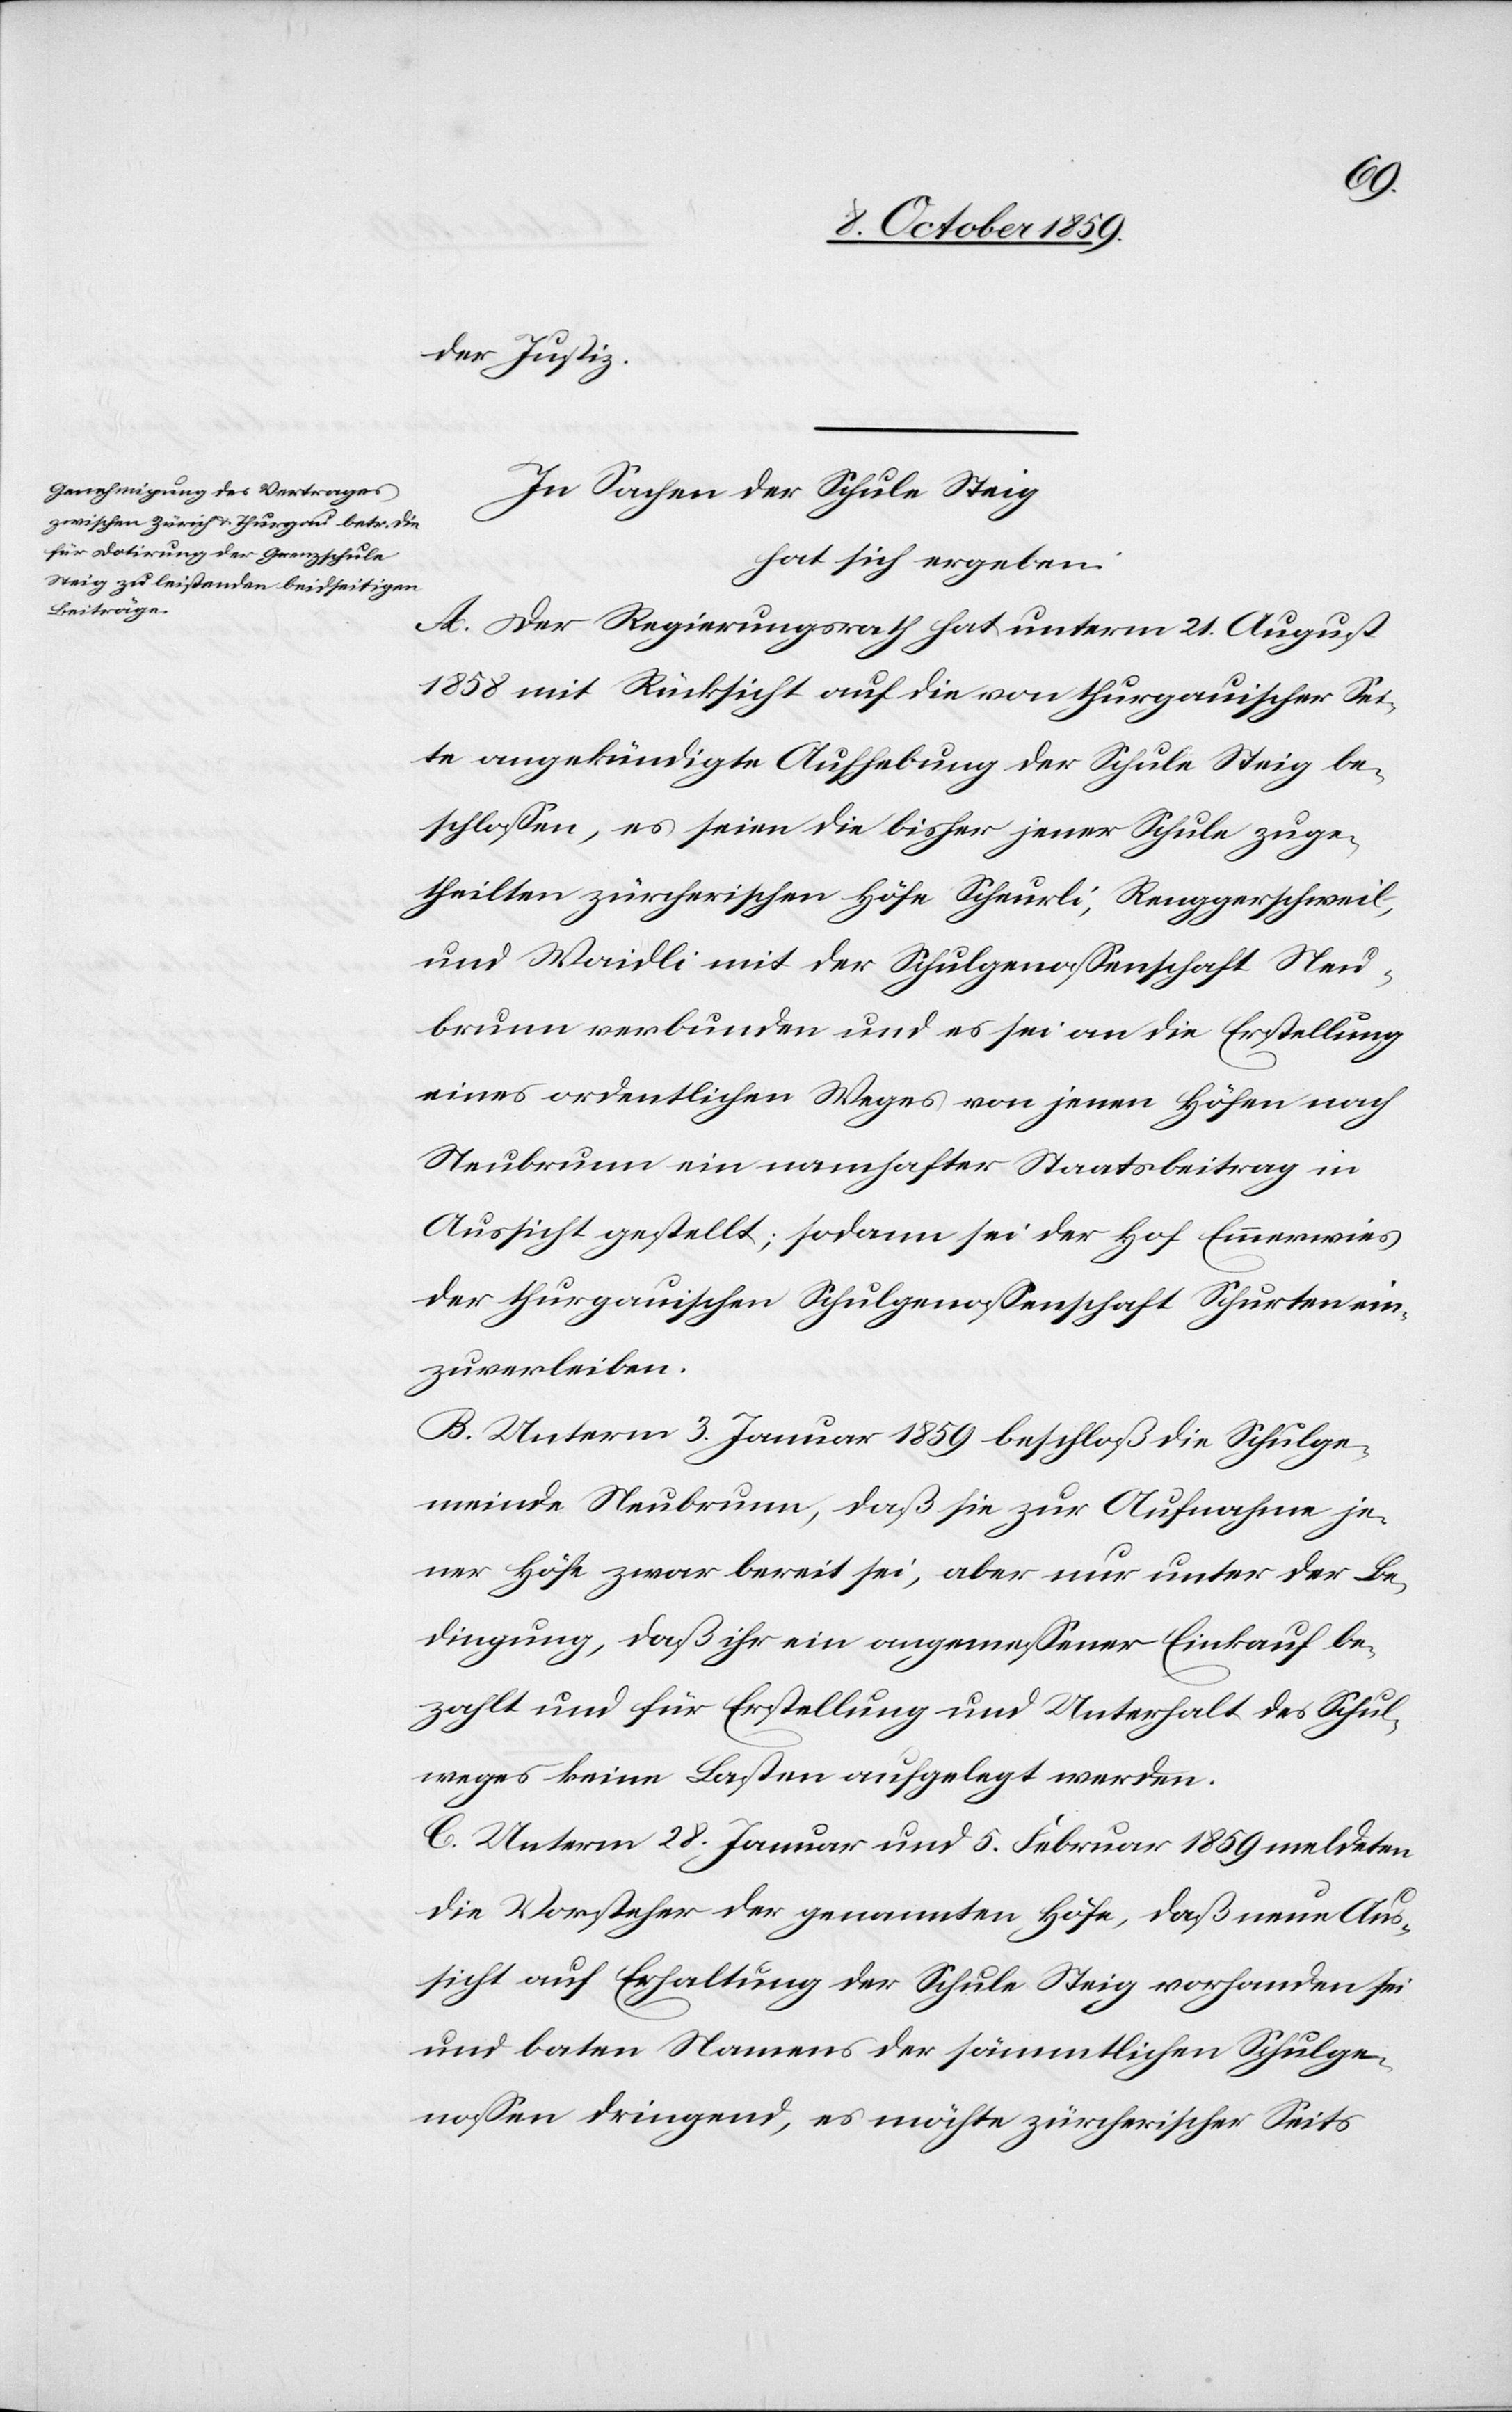
der Justiz.
In Sachen der Schule Steig
hat sich ergeben:
A. Der Regierungsrath hat unterm 21. August
1858 mit Rücksicht auf die von thurgauischer Sei¬
te angekündigte Aufhebung der Schule Steig be¬
schlossen, es seien die bisher jener Schule zuge¬
theilten zürcherischen Höfe Scheurli, Renggerschweil,
und Waidli mit der Schulgenossenschaft Neu¬
brunn verbunden und es sei an die Erstellung
eines ordentlichen Weges von jenen Höfen nach
Neubrunn ein namhafter Staatsbeitrag in
Aussicht gestellt; sodann sei der Hof Emmerwies
der thurgauischen Schulgenossenschaft Schurten ein¬
zuverleiben.
B. Unterm 3. Januar 1859 beschloß die Schulge¬
meinde Neubrunn, daß sie zur Aufnahme je¬
ner Höfe zwar bereit sei, aber nur unter der Be¬
dingung, daß ihr ein angemessener Einkauf be¬
zahlt und für Erstellung und Unterhalt des Schul¬
weges keine Kosten aufgelegt werden.
C. Unterm 28. Januar und 5. Februar 1859 meldeten
die Vorsteher der genannten Höfe, daß nun Aus¬
sicht auf Erhaltung der Schule Steig vorhanden sei
und baten Namens der sämmtlichen Schulge¬
nossen dringend, es möchte zürcherischer Seits